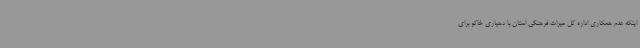
اینکه عدم همکاری اداره کل میراث فرهنگی استان با دهیاری‌ خاکو برای